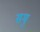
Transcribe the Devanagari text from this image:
समु